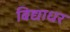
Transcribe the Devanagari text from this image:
बिद्याधर